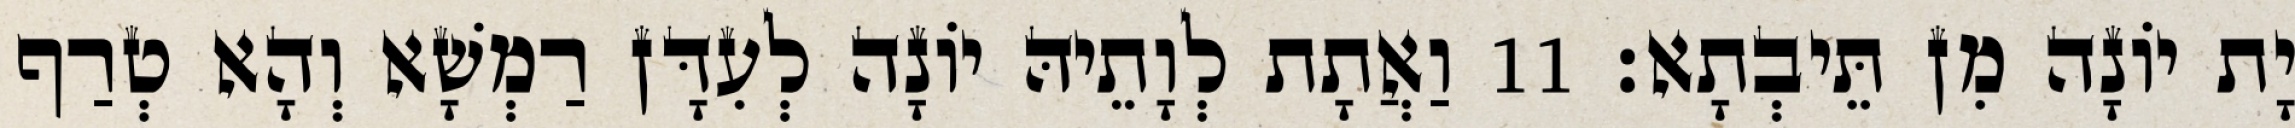
יָת יוֹנָה מִן תֵּיבְתָא׃ 11 וַאֲתָת לְוָתֵיהּ יוֹנָה לְעִדָּן רַמְשָׁא וְהָא טְרַף